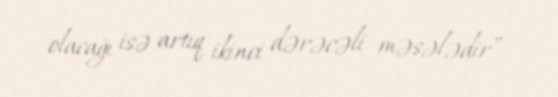
olacağı isə artıq ikinci dərəcəli məsələdir”.